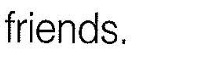
friends.